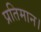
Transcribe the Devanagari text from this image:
प्रतिमान।